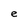
Character: e